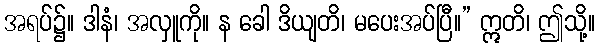
အရပ်၌။ ဒါနံ၊ အလှူကို။ န ခေါ ဒိယျတိ၊ မပေးအပ်ပြီ။” ဣတိ၊ ဤသို့။